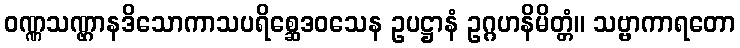
ဝဏ္ဏသဏ္ဌာနဒိသောကာသပရိစ္ဆေဒဝသေန ဥပဋ္ဌာနံ ဥဂ္ဂဟနိမိတ္တံ။ သဗ္ဗာကာရတော